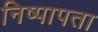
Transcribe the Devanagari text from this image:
निष्पापता